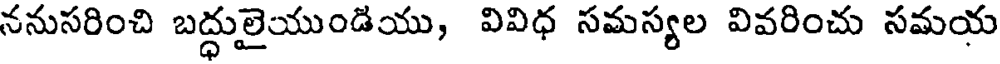
ననుసరించి బద్ధులైయుండియు, వివిధ సమస్యల వివరించు సమయ